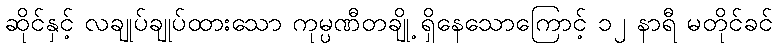
ဆိုင်နှင့် လချုပ်ချုပ်ထားသော ကုမ္ပဏီတချို့ ရှိနေသောကြောင့် ၁၂ နာရီ မတိုင်ခင်